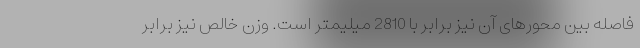
فاصله بین محورهای آن نیز برابر با 2810 میلیمتر است. وزن خالص نیز برابر